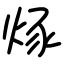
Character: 烼